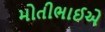
મોતીભાઈએ